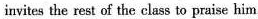
invites the rest of the class to praise him.